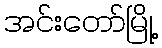
အင်းတော်မြို့